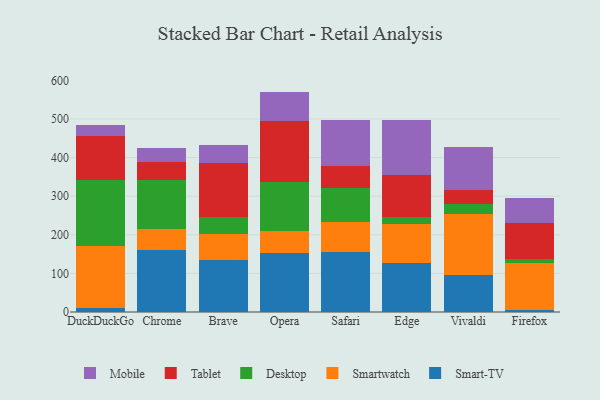
{"axis": {"x": "Browser", "y": "Conversion Rate (%)"}, "legend": ["Desktop", "Mobile", "Smart-TV", "Smartwatch", "Tablet"], "data": [{"x": "DuckDuckGo", "y": 9.5, "type": "Smart-TV"}, {"x": "DuckDuckGo", "y": 160.6, "type": "Smartwatch"}, {"x": "DuckDuckGo", "y": 172.3, "type": "Desktop"}, {"x": "DuckDuckGo", "y": 112.4, "type": "Tablet"}, {"x": "DuckDuckGo", "y": 29.8, "type": "Mobile"}, {"x": "Chrome", "y": 159.4, "type": "Smart-TV"}, {"x": "Chrome", "y": 55.0, "type": "Smartwatch"}, {"x": "Chrome", "y": 126.8, "type": "Desktop"}, {"x": "Chrome", "y": 47.3, "type": "Tablet"}, {"x": "Chrome", "y": 36.8, "type": "Mobile"}, {"x": "Brave", "y": 135.3, "type": "Smart-TV"}, {"x": "Brave", "y": 67.8, "type": "Smartwatch"}, {"x": "Brave", "y": 44.0, "type": "Desktop"}, {"x": "Brave", "y": 138.9, "type": "Tablet"}, {"x": "Brave", "y": 47.7, "type": "Mobile"}, {"x": "Opera", "y": 152.0, "type": "Smart-TV"}, {"x": "Opera", "y": 58.5, "type": "Smartwatch"}, {"x": "Opera", "y": 127.6, "type": "Desktop"}, {"x": "Opera", "y": 155.6, "type": "Tablet"}, {"x": "Opera", "y": 77.3, "type": "Mobile"}, {"x": "Safari", "y": 156.1, "type": "Smart-TV"}, {"x": "Safari", "y": 78.3, "type": "Smartwatch"}, {"x": "Safari", "y": 86.6, "type": "Desktop"}, {"x": "Safari", "y": 56.7, "type": "Tablet"}, {"x": "Safari", "y": 120.7, "type": "Mobile"}, {"x": "Edge", "y": 127.8, "type": "Smart-TV"}, {"x": "Edge", "y": 100.2, "type": "Smartwatch"}, {"x": "Edge", "y": 18.0, "type": "Desktop"}, {"x": "Edge", "y": 109.4, "type": "Tablet"}, {"x": "Edge", "y": 142.3, "type": "Mobile"}, {"x": "Vivaldi", "y": 95.0, "type": "Smart-TV"}, {"x": "Vivaldi", "y": 158.0, "type": "Smartwatch"}, {"x": "Vivaldi", "y": 27.2, "type": "Desktop"}, {"x": "Vivaldi", "y": 34.8, "type": "Tablet"}, {"x": "Vivaldi", "y": 111.2, "type": "Mobile"}, {"x": "Firefox", "y": 6.0, "type": "Smart-TV"}, {"x": "Firefox", "y": 121.3, "type": "Smartwatch"}, {"x": "Firefox", "y": 8.9, "type": "Desktop"}, {"x": "Firefox", "y": 95.5, "type": "Tablet"}, {"x": "Firefox", "y": 63.9, "type": "Mobile"}]}